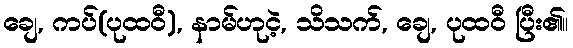
ချေ, ကပ်(ပုထဝီ), နာမ်ဟုငဲ့, သိသက်, ချေ, ပုထဝီ ပြီး၏။